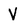
Character: V